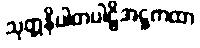
သုတ္တနိပါတပါဠိအဋ္ဌကထာ